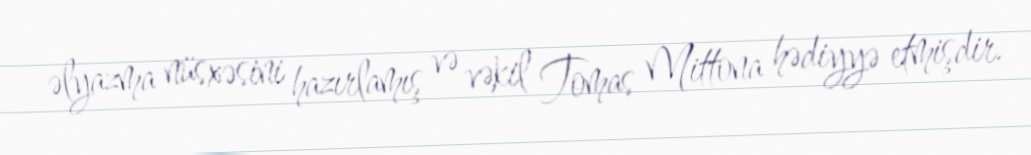
əlyazma nüsxəsini hazırlamış və vəkil Tomas Mittona hədiyyə etmişdir.